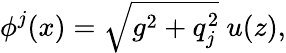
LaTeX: \phi^{j}(x)=\sqrt{g^{2}+q_{j}^{2}}\ u(z),